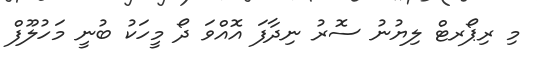
މި ރިޕޯރޓް ލިޔުނު ސޮރު ނިދާފަ އޮއްވަ ދޯ މީހަކު ބުނީ މަހުލޫފް